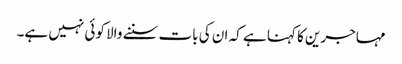
مہاجرین کا کہنا ہے کہ ان کی بات سننے والا کوئی نہیں ہے۔